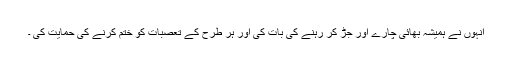
انہوں نے ہمیشہ بھائی چارے اور جڑ کر رہنے کی بات کی اور ہر طرح کے تعصبات کو ختم کرنے کی حمایت کی ۔